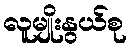
လူမျိုးနွယ်စု